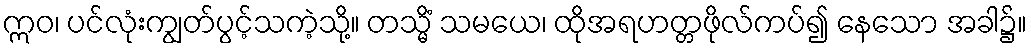
ဣဝ၊ ပင်လုံးကျွတ်ပွင့်သကဲ့သို့။ တသ္မိံ သမယေ၊ ထိုအရဟတ္တဖိုလ်ကပ်၍ နေသော အခါ၌။